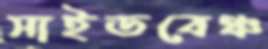
সাইডবেঞ্চ